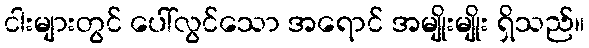
ငါးများတွင် ပေါ်လွင်သော အရောင် အမျိုးမျိုး ရှိသည်။